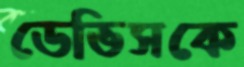
ডেভিসকে